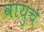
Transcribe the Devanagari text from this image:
वायुचे